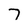
Character: 7